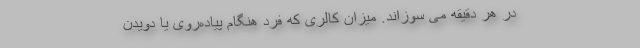
در هر دقیقه می سوزاند. میزان کالری که فرد هنگام پیاده‌روی یا دویدن